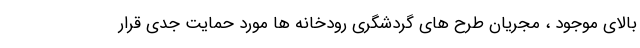
بالای موجود ، مجریان طرح های گردشگری رودخانه ها مورد حمایت جدی قرار